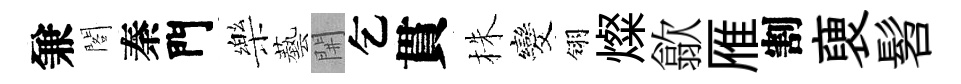
兼閣秦門樂藝𨳩乞貫株发翎燦歙雁割褏髫